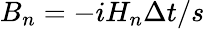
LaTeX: B_{n}={-iH_{n}\Delta t}/{s}